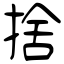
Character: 捨